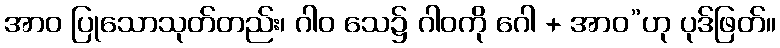
အာဝ ပြုသောသုတ်တည်း၊ ဂါဝ သေ၌ ဂါဝကို ဂေါ + အာဝ”ဟု ပုဒ်ဖြတ်။